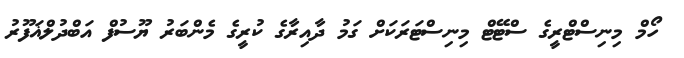
ހޯމް މިނިސްޓްރީގެ ސްޓޭޓް މިނިސްޓަރަކަށް ގަމު ދާއިރާގެ ކުރީގެ މެންބަރު ޔޫސުފް އަބްދުލްޣަފޫރު